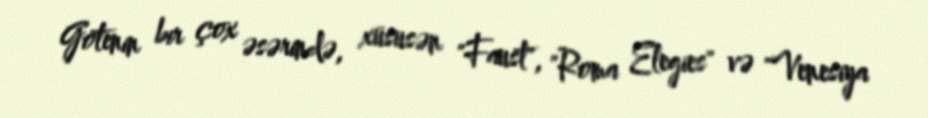
Götenin bir çox əsərində, xüsusən "Faust", "Roma Elegies" və "Venesiya